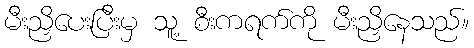
မီးညှိပေးပြီးမှ သူ့ စီးကရက်ကို မီးညှိနေသည်။